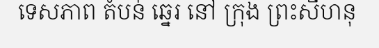
ទេសភាព តំបន់ ឆ្នេរ នៅ ក្រុង ព្រះសីហនុ